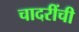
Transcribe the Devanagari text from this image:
चादरींची